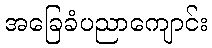
အခြေခံပညာကျောင်း